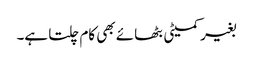
بغیر کمیٹی بٹھائے بھی کام چلتا ہے۔